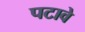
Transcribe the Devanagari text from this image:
पटावे